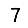
Digit: 7